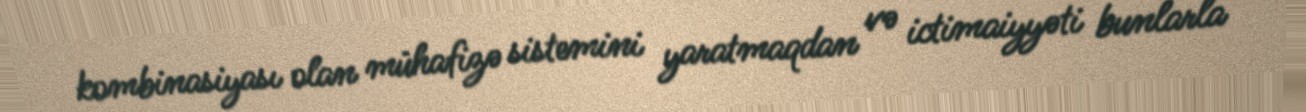
kombinasiyası olan mühafizə sistemini yaratmaqdan və ictimaiyyəti bunlarla